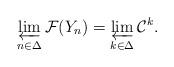
LaTeX: \begin{align*}\varprojlim_{n\in\Delta} \mathcal F(Y_n) = \varprojlim_{k\in\Delta} \mathcal C^k.\end{align*}